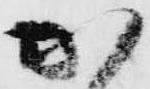
か